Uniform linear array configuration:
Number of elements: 64
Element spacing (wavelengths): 1
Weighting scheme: hann
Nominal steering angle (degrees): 30
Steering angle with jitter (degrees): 28.695
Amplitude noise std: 0.05
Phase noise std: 0.05

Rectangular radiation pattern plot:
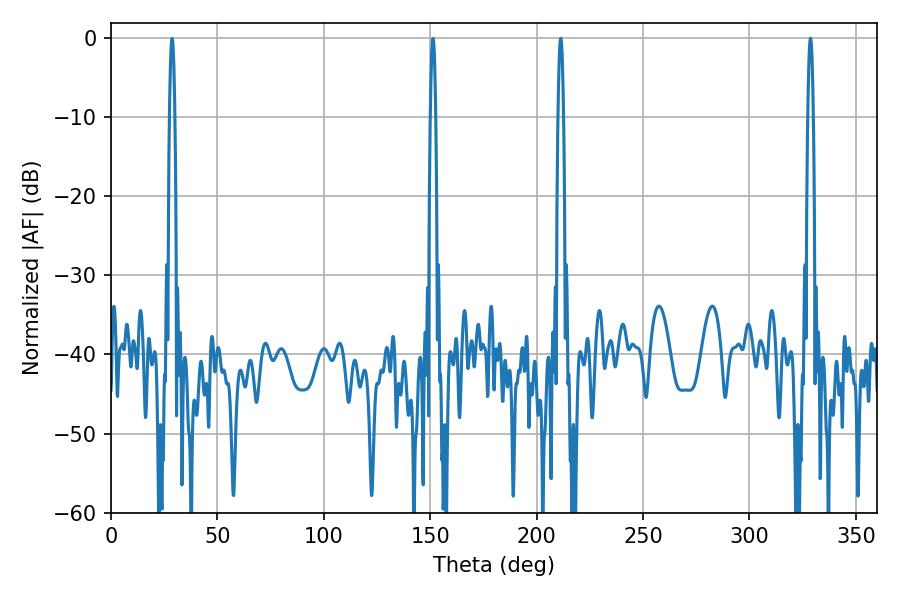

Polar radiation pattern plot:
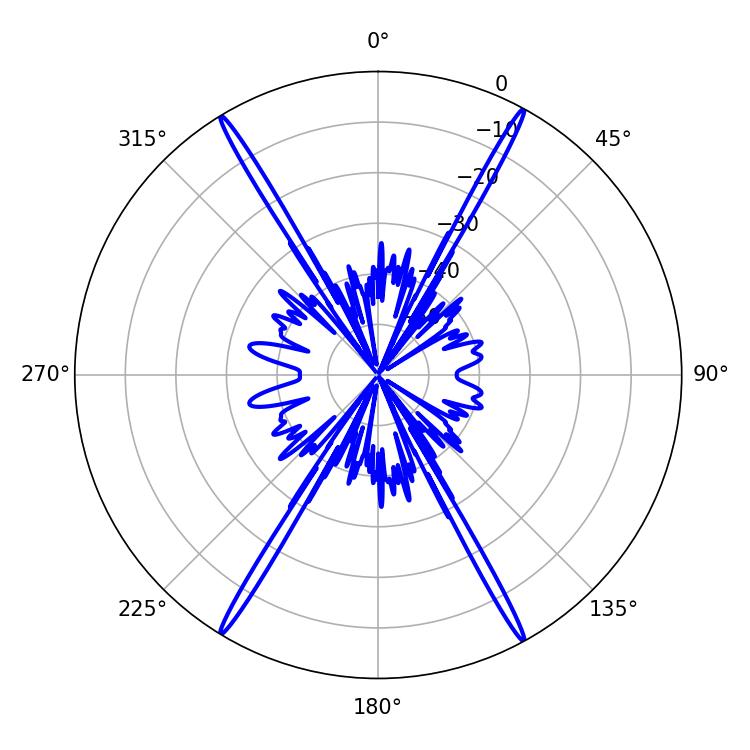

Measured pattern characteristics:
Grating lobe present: TRUE
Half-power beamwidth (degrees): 1.44
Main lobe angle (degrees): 211.32